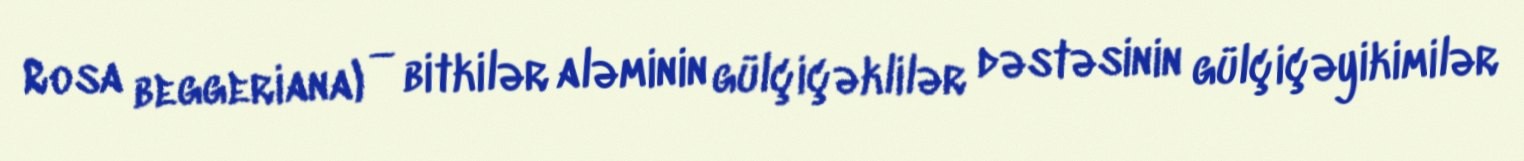
Rosa beggeriana) — bitkilər aləminin gülçiçəklilər dəstəsinin gülçiçəyikimilər